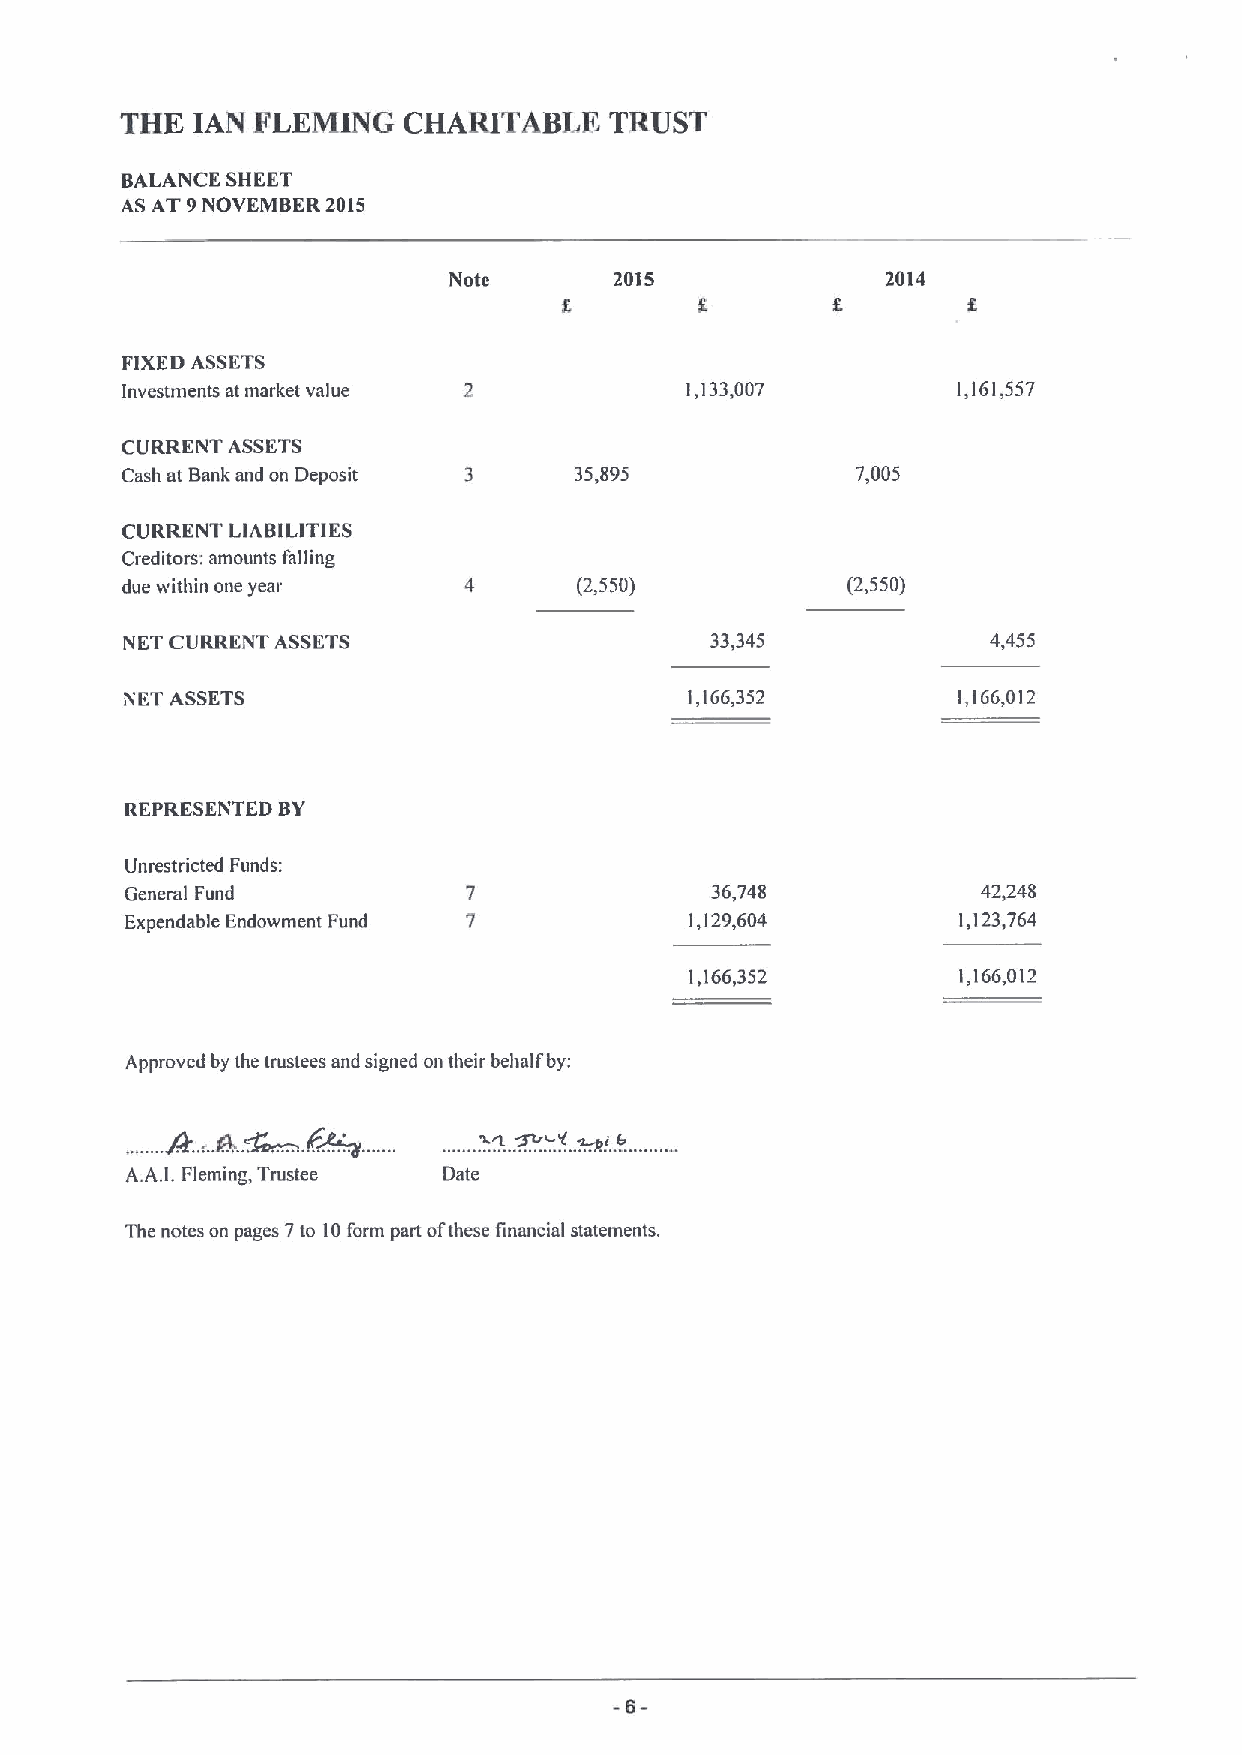
THE  IAN FLEMING   CHARITABLE   TRUST
 BALANCE SHEET
 AS AT 9NOVEMBER 2015
 Note       2015              2014
 FIXEDASSETS
 Investments at market value          1,133,007         1,161,557
 CURRENT ASSETS
 Cash at Bank and on Deposit 3 35,895             7,005
 CURRENT I.IABILITIES
 Creditors; amounts falling
 due within one year           (2,550)           (2,550)
 NET CURRENT ASSETS                     33,345             4,455
 NET ASSETS                            1,166,352        1,166,012
 REPRESENTED BY
 Unrestricted Funds:
 General Fund                           36,748            42,248
 Expendable Endowment Fund             1,129,604         1,123,764
 1,166,352         1,166,012
 Approved by the trustees and signed on their behalf by:
 A.A.I.Fleming, Trustee Date
 The notes on pages 7to 10form part ofthese financial statements.
 -6-